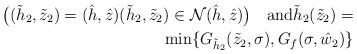
LaTeX: \begin{align*}\big((\tilde h_2,\tilde z_2)=(\hat h,\hat z) (\tilde h_2,\tilde z_2)\in \mathcal N(\hat h,\hat z)\big) \quad\mbox{and}\tilde h_2(\tilde z_2) =\\ \min\{G_{\tilde h_2}(\tilde z_2,\sigma), G_f(\sigma,\hat w_2)\} \end{align*}